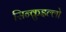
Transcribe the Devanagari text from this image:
सिन्क़ुइल्लो